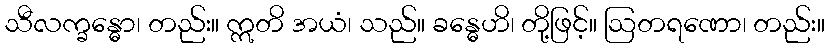
သီလက္ခန္ဓော၊ တည်း။ ဣတိ အယံ၊ သည်။ ခန္ဓေဟိ၊ တို့ဖြင့်။ ဩတရဏော၊ တည်း။